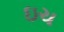
ઇચ